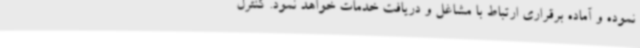
نموده و آماده برقراری ارتباط با مشاغل و دریافت خدمات خواهد نمود. کنترل